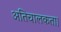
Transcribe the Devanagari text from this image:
अतिचालकता।